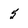
Character: 5